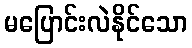
မပြောင်းလဲနိုင်သော